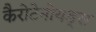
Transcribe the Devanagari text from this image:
कैरोटेनोयड्स